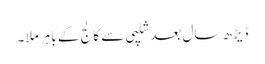
ڈیڑھ سال بعد شلپی سے کالج کے باہر ملا ۔